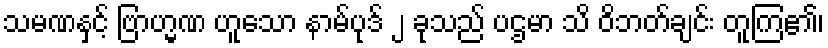
သမဏနှင့် ဗြာဟ္မဏ ဟူသော နာမ်ပုဒ် ၂ ခုသည် ပဌမာ သိ ဝိဘတ်ချင်း တူကြ၏၊